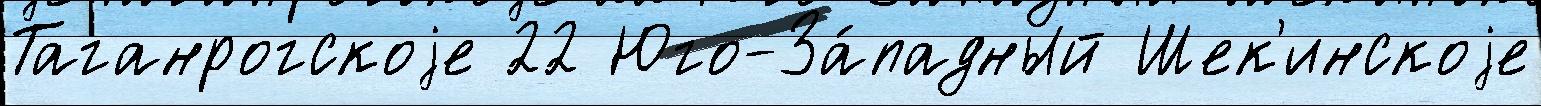
Таганрогскоjе 22 Юго-За́падный Шек'инскоjе